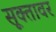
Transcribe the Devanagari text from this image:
सूक्तावर